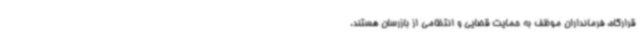
قرارگاه، فرمانداران موظف به حمایت قضایی و انتظامی از بازرسان هستند.